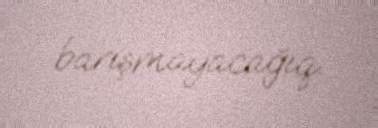
barışmayacağıq.